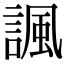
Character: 諷